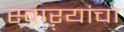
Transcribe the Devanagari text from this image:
स्वाऱ्यांचा